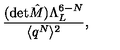
\frac { ( \mathrm { d e t } \hat { M } ) \Lambda _ { L } ^ { 6 - N } } { \langle q ^ { N } \rangle ^ { 2 } } ,